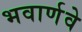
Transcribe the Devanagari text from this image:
भवार्णवे